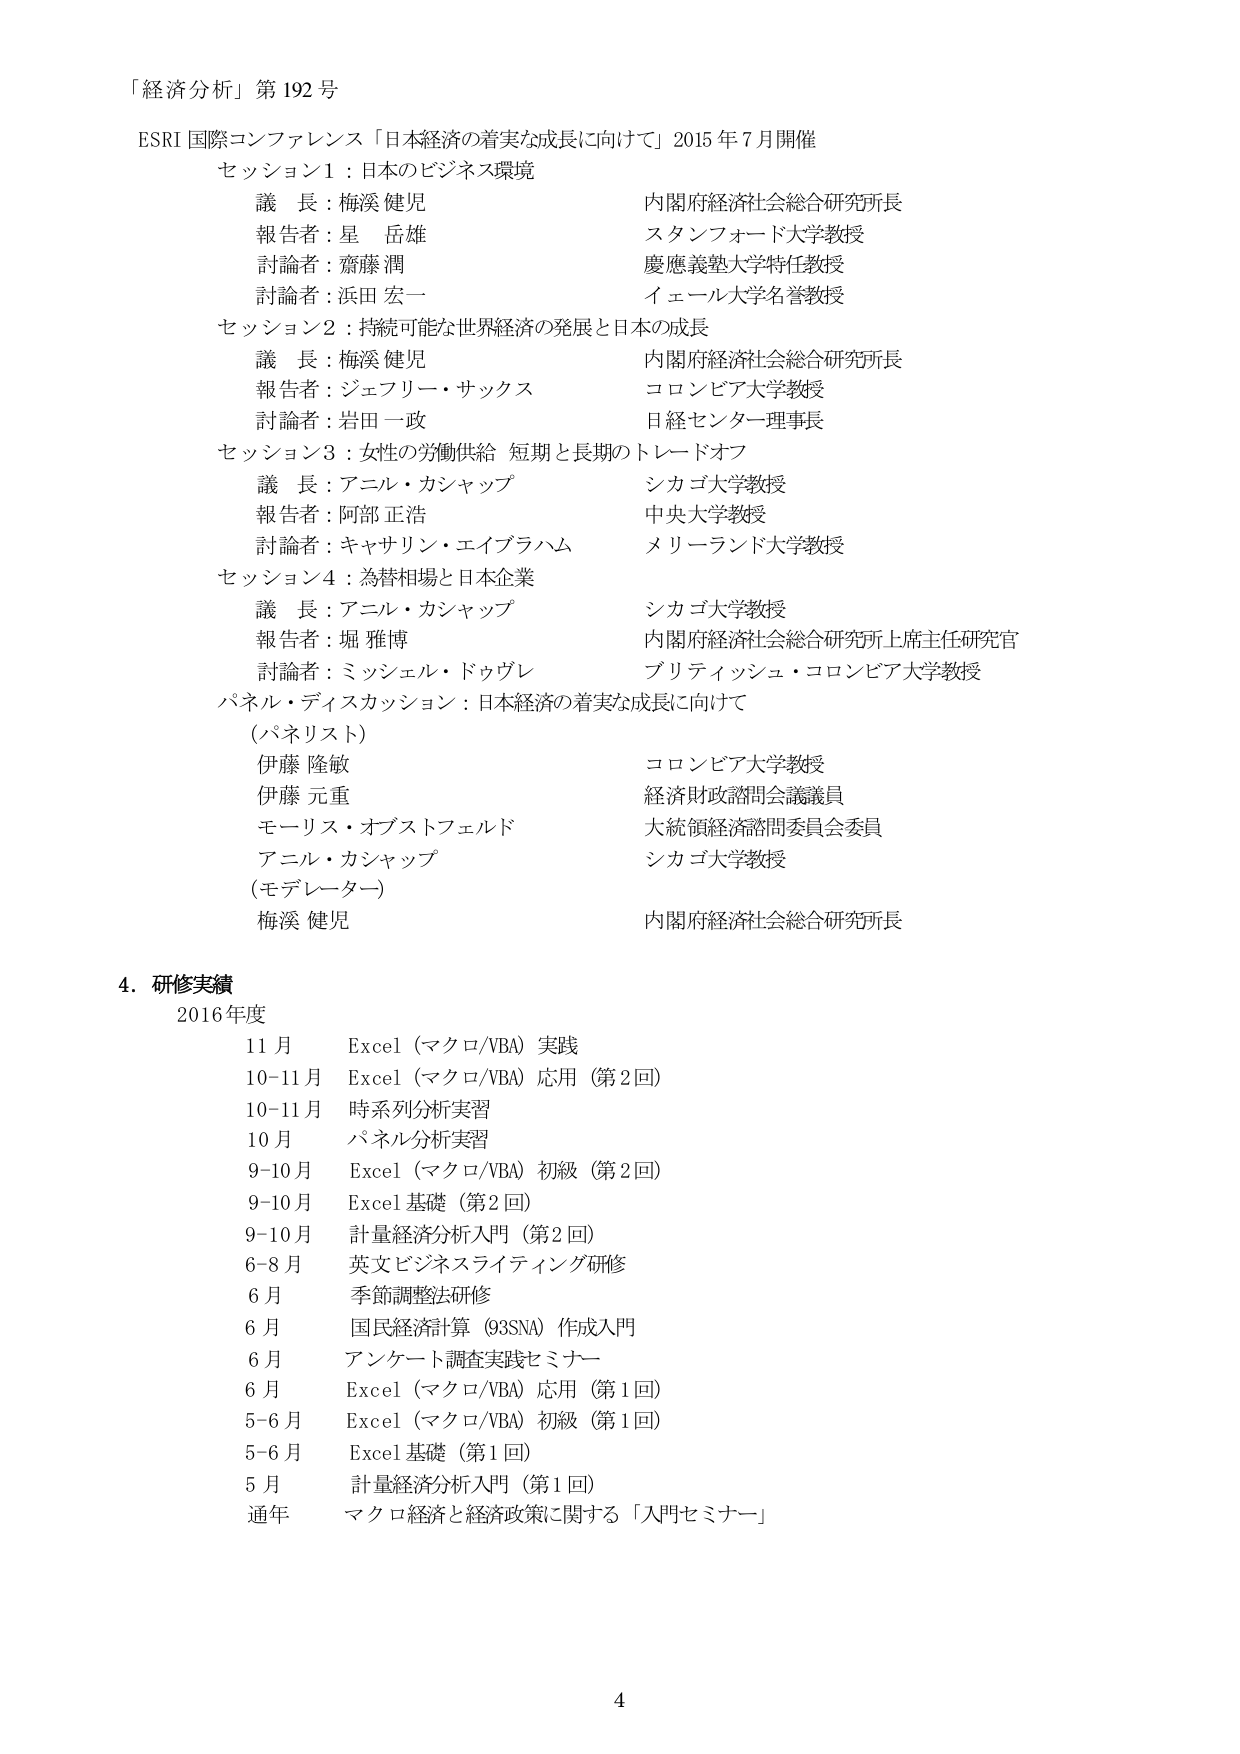
「経済分析」第192号

ESRI 国際コンファレンス「日本経済の着実な成長に向けて」2015年7月開催

セッション1：日本のビジネス環境
　議長：梅渓 健児　　　　　　　　　内閣府経済社会総合研究所長
　報告者：星 岳雄　　　　　　　　　スタンフォード大学教授
　討論者：齋藤 潤　　　　　　　　　慶應義塾大学特任教授
　討論者：浜田 宏一　　　　　　　　イェール大学名誉教授

セッション2：持続可能な世界経済の発展と日本の成長
　議長：梅渓 健児　　　　　　　　　内閣府経済社会総合研究所長
　報告者：ジェフリー・サックス　　　コロンビア大学教授
　討論者：岩田 一政　　　　　　　　日経センターリ理事長

セッション3：女性の労働供給 短期と長期のトレードオフ
　議長：アニル・カシャップ　　　　　シカゴ大学教授
　報告者：阿部 正浩　　　　　　　　中央大学教授
　討論者：キャサリン・エイブラハム　メリーランド大学教授

セッション4：為替相場と日本企業
　議長：アニル・カシャップ　　　　　シカゴ大学教授
　報告者：堀 雅博　　　　　　　　　内閣府経済社会総合研究所上席主任研究官
　討論者：ミッシェル・ドゥヴレ　　　ブリティッシュ・コロンビア大学教授

パネル・ディスカッション：日本経済の着実な成長に向けて
　（パネリスト）
　　伊藤 隆敏　　　　　　　　　　　コロンビア大学教授
　　伊藤 元重　　　　　　　　　　　経済財政諮問会議議員
　　モーリス・オブストフェルド　　　大統領経済諮問委員会委員
　　アニル・カシャップ　　　　　　　シカゴ大学教授
　（モデレーター）
　　梅渓 健児　　　　　　　　　　　内閣府経済社会総合研究所長

4. 研修実績
　2016年度
　　11月　Excel（マクロ/VBA）実践
　　10-11月　Excel（マクロ/VBA）応用（第2回）
　　10-11月　時系列分析実習
　　10月　パネル分析実習
　　9-10月　Excel（マクロ/VBA）初級（第2回）
　　9-10月　Excel 基礎（第2回）
　　9-10月　計量経済分析入門（第2回）
　　6-8月　英文ビジネスライティング研修
　　6月　季節調整法研修
　　6月　国民経済計算（93SNA）作成入門
　　6月　アンケート調査実践セミナー
　　6月　Excel（マクロ/VBA）応用（第1回）
　　5-6月　Excel（マクロ/VBA）初級（第1回）
　　5-6月　Excel 基礎（第1回）
　　5月　計量経済分析入門（第1回）
　　通年　マクロ経済と経済政策に関する「入門セミナー」

4